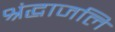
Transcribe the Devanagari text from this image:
श्रंद्धाजलि